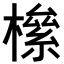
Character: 𣚎